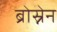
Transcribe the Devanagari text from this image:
ब्रोस्नेन